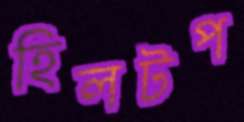
হিলটপ